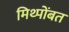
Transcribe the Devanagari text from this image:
मिथ्पोंबत